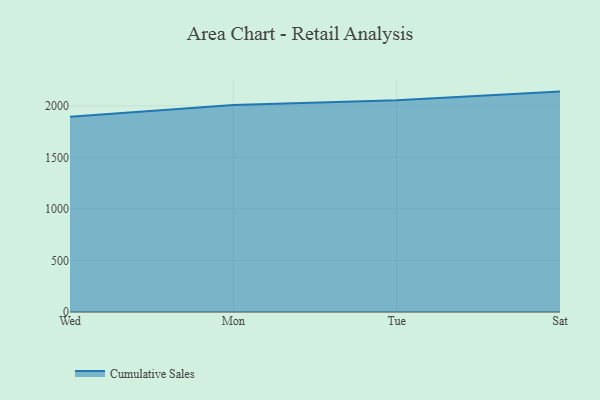
{"axis": {"x": "Day", "y": "Humidity (%)"}, "legend": ["Cumulative Sales"], "data": [{"x": "Wed", "y": 1893.8, "type": "Cumulative Sales"}, {"x": "Mon", "y": 2007.8, "type": "Cumulative Sales"}, {"x": "Tue", "y": 2054.8, "type": "Cumulative Sales"}, {"x": "Sat", "y": 2138.2, "type": "Cumulative Sales"}]}